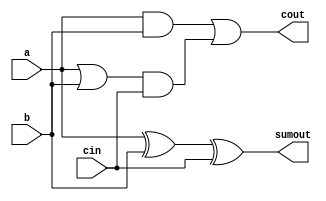
module adder_14(
    output sumout,
    output cout,
    input a,
    input b,
    input cin
);
    assign sumout = a ^ b ^ cin;
    assign cout = (a & b) | ((a | b) & cin);
endmodule